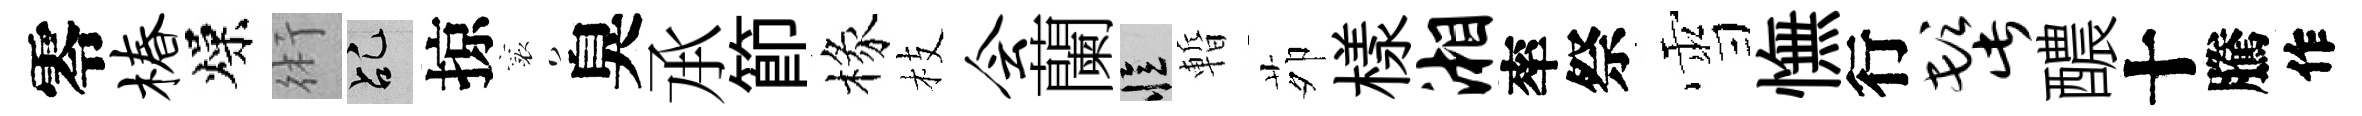
零椿燥術乩掠襄臭𠄘節椽枝会蘭忆暫茆樣湘率祭雪憮行髭醲十騰作